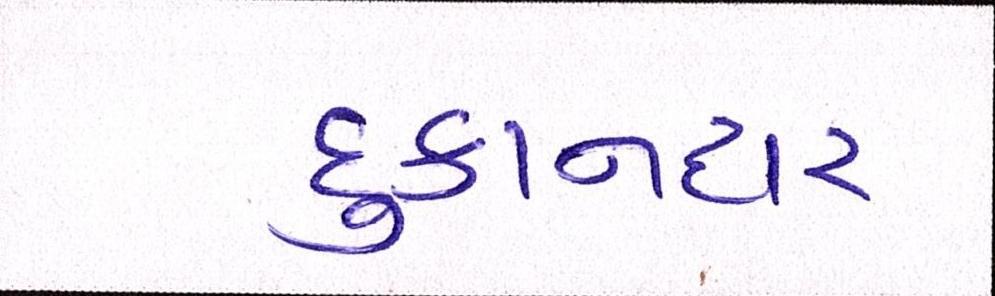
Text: દુકાનદાર